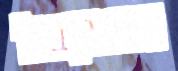
התקבל